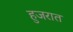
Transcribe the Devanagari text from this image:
हुजरात